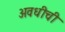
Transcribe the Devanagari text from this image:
अवधीची